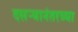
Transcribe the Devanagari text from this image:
दसऱ्यानंतरच्या